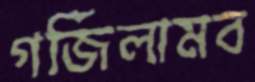
গর্জিলামব